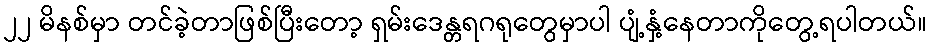
၂၂ မိနစ်မှာ တင်ခဲ့တာဖြစ်ပြီးတော့ ရှမ်းဒေန္တရဂရုတွေမှာပါ ပျံ့နှံ့နေတာကိုတွေ့ရပါတယ်။